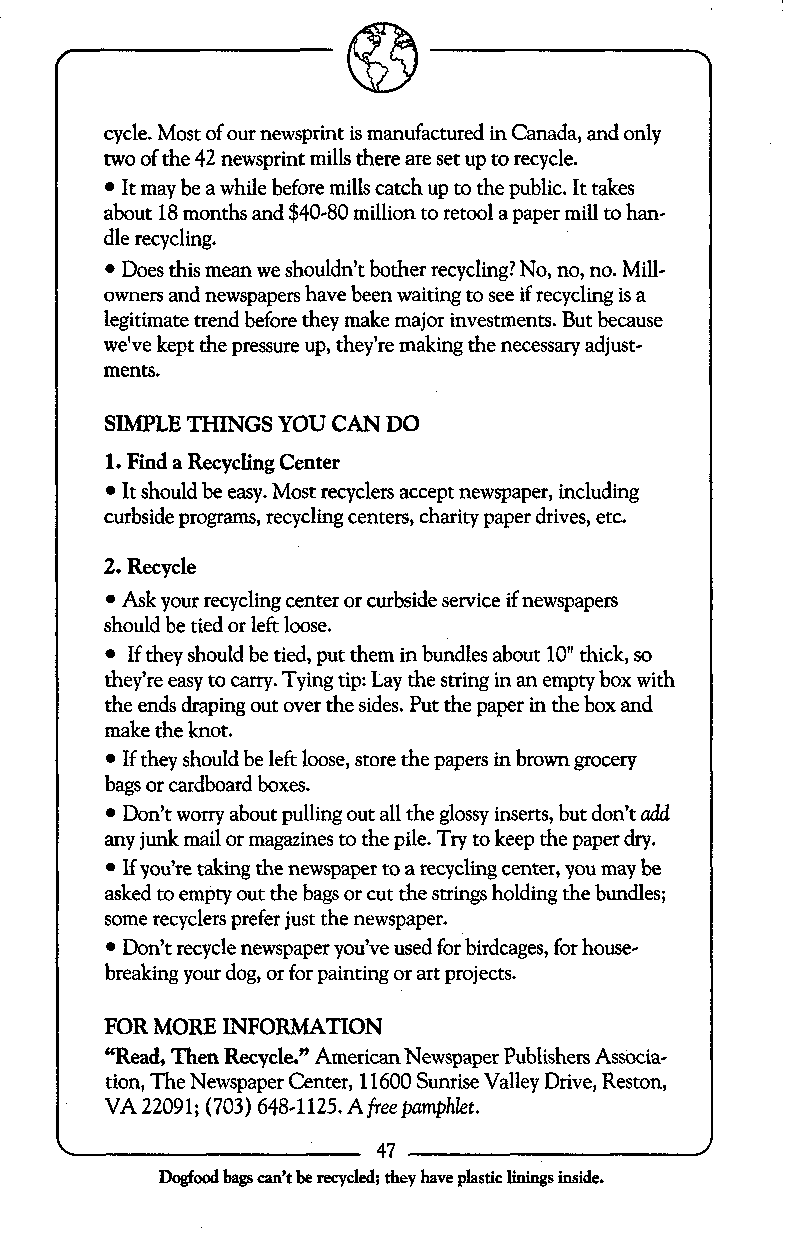
cycle. Most of our newsprint is manufactured in Canada, and only
 two of the 42 newsprint mills there are set up to recycle.
 It may be a while before mills catch up to the public. It takes
 about 18 months and $40-80 million to retool a paper mill to han-
 dle recycling.
 Does this mean we shouldn’t bother recycling?N o, no, no. Mill-
 owners and newspapers have been waiting to see if recycling is a
 legitimate trend before they make major investments. But because
 we’ve kept the pressure up, they’re making the necessary adjust-
 ments.
 SIMPLE THINGS YOU CAN DO
 1. Find a Recycling Center
 It should be easy. Most recyclers accept newspaper, including
 curbside programs, recycling centers, charity paper drives, etc.
 2. Recycle
 Ask your recycling center or curbside service if newspapers
 should be tied or left loose.
 If they should be tied, put them in bundles about 10” thick, so
 they’re easy to carry. Tying tip: Lay the string in an empty box with
 the ends draping out over the sides. Put the paper in the box and
 make the knot.
 If they should be left loose, store the papers in brown grocery
 bags or cardboard boxes.
 Don’t worry about pulling out all the glossy inserts, but don’t add
 any junk mail or magazines to the pile. Try to keep the paper dry.
 If you’re taking the newspaper to a recycling center, you may be
 asked to empty out the bags or cut the strings holding the bundles;
 some recyclers prefer just the newspaper.
 Don’t recycle newspaper you’ve used for birdcages, for house-
 breaking your dog, or for painting or art projects.
 FOR MORE INFORMATION
 “Read, Then Recycle.” American Newspaper Publishers Associa-
 tion, The Newspaper Center, 11600 Sunrise Valley Drive, Reston,
 VA 22091; (703) 648-1125. Afreepamphlet.
 ..
 Dogfood bags can’t be recycled; they have plastic linings inside.